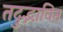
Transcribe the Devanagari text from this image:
तदुद्भावित